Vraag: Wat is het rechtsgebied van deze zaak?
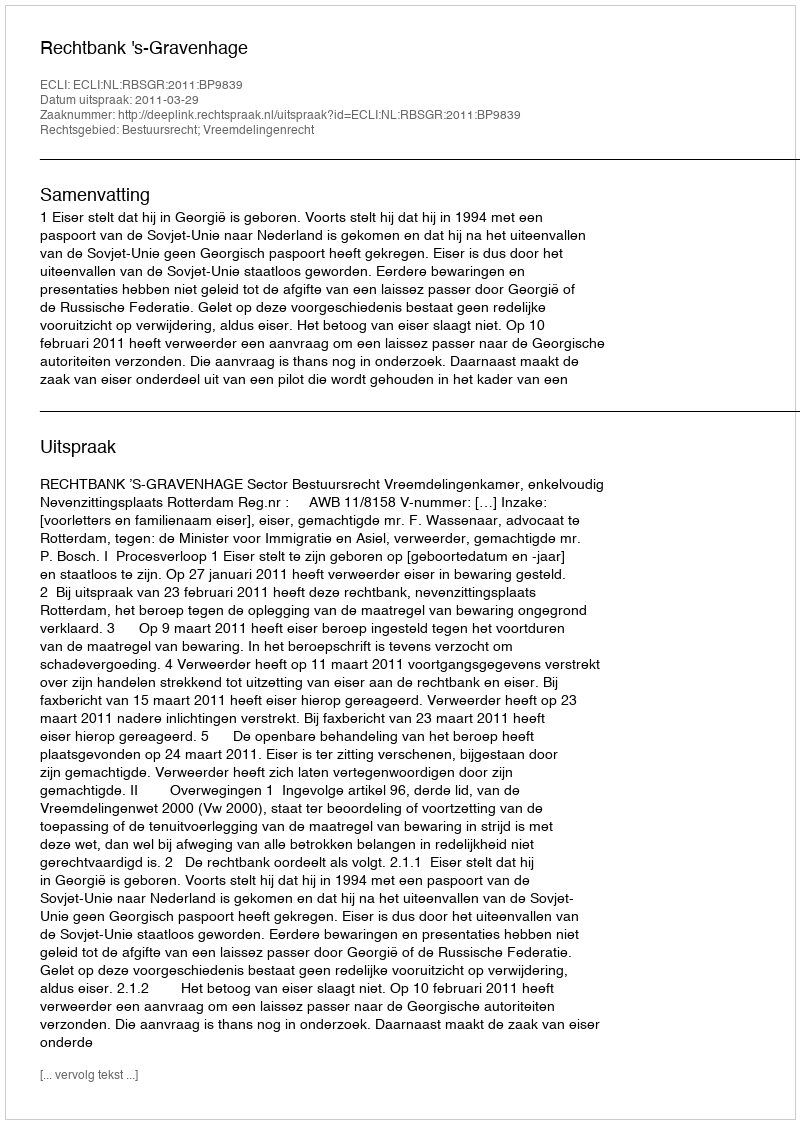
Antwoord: Bestuursrecht; Vreemdelingenrecht